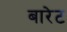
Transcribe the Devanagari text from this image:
बारेट